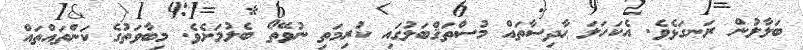
ބަލާލުން ރަނގަޅެވެ. އެެކަހަލަ ޙާދިސާތައް މުސްތަޤްބަލުގައި ކުރިމަތި ނުވޭތޯ ބެލުމަށެވެ. މިބާވަތުގެ ކަންތައްތައް